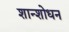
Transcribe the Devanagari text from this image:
शान्शोधन